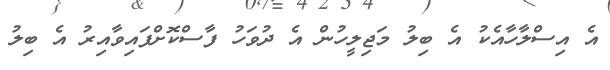
އެ އިސްލާހާއެކު އެ ބިލު މަޖިލީހުން އެ ދުވަހު ފާސްކޮށްފައިވާއިރު އެ ބިލު